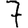
Digit: 7